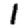
Digit: 1